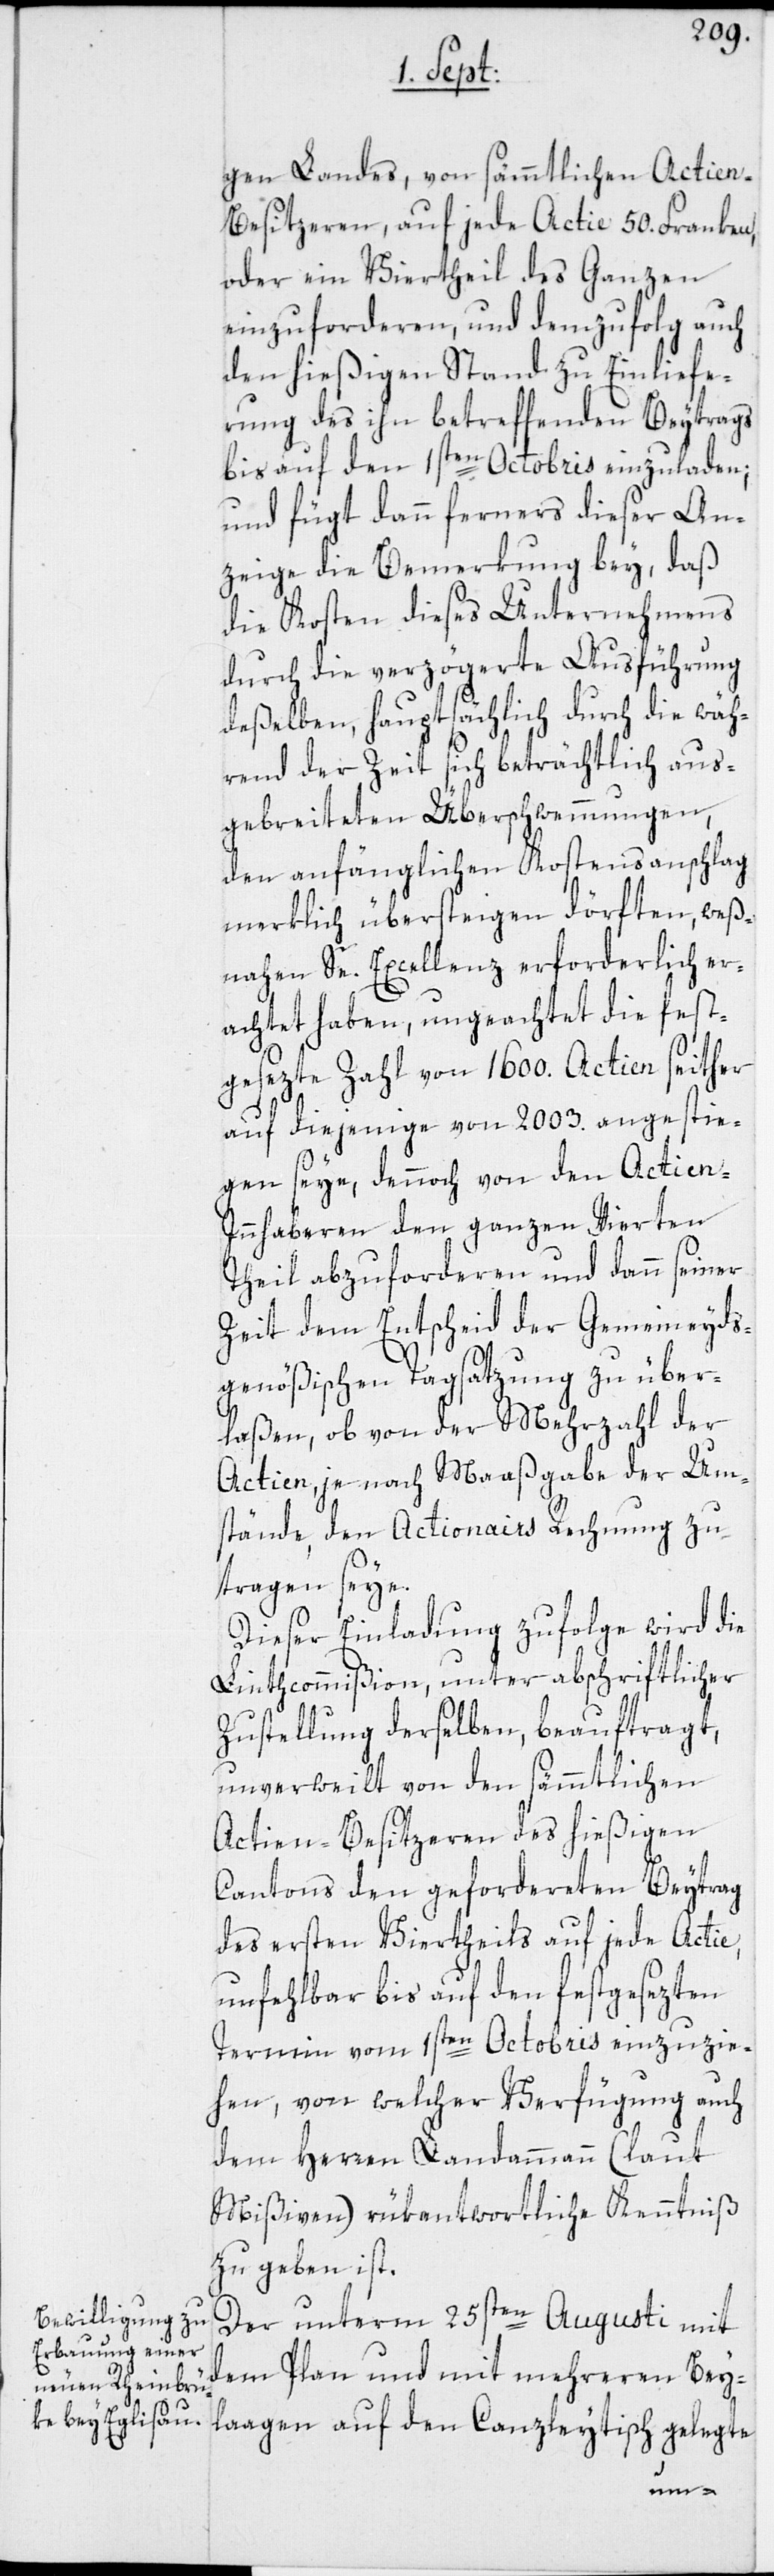
gen Landes, von sämmtlichen Actie¬
esitzeren, auf jede Actie 50. Franken,
oder einen Viertheil des Ganzen
einzuforderen, und demzufolg auch
den hießigen Stand zu Einliefe¬
rung des ihn betreffenden Beytrags
bis auf den 1sten Octobris einzuladen;
und fügt dann ferners dieser An¬
zeige die Bemerkung bey, daß
die Kosten dieses Unternehmens
durch die verzögerte Ausführung
deßelben, hauptsächlich durch die wäh¬
rend der Zeit sich beträchtlich aus¬
gebreiteten Überschwemmungen,
den anfänglichen Kostensanschlag
merklich übersteigen dörften, weß¬
nahen Se. Excellenz erforderlich er¬
achtet haben, ungeachtet die fest¬
gesezte Zahl von 1600. Actien seither
auf diejenige von 2003. angestie¬
gen seye, dennoch von den Actien-I¬
nnhaberen den ganzen Vierten
Theil abzuforderen und dann seiner
Zeit dem Entscheid der Gemeineyds¬
genößischen Tagsatzung zu über¬
laßen, ob von der Mehrzahl der
Actien, je nach Maaßgabe der Um¬
stände, den Actionairs Rechnung zu
tragen seye.
Dieser Einladung zufolge wird die
Linthcommißion, unter abschriftlicher
Zustellung derselben, beauftragt,
unverweilt von den sämmtlichen
Actien-Besitzeren des hießigen
Cantons den gefordereten Beytrag
der ersten Viertheils auf jede Actie,
unfehlbar bis auf den festgesezten
Termin vom 1sten Octobris einzuzie¬
hen, von welcher Verfügung auch
dem Herren Landammann (laut
Mißiven) rükantwortliche Kenntniß
zu geben ist.
Der unterm 25sten Augusti mit
dem Plan und mit mehreren Bey¬
laagen auf den Canzleytisch gelegte
n-B¬